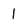
Character: 1